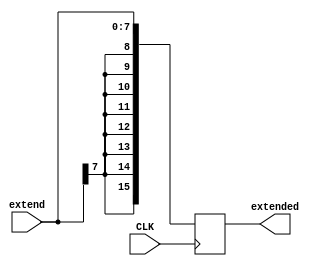
`timescale 1ns / 1ps
//////////////////////////////////////////////////////////////////////////////////
// Company: 
// Engineer: 
// 
// Design Name: 
// Module Name:    SignExtender 
// Project Name: 
// Target Devices: 
// Tool versions: 
// Description: 
//
// Dependencies: 
//
// Revision: 
// Revision 0.01 - File Created
// Additional Comments: 
//
//////////////////////////////////////////////////////////////////////////////////
module SignExtender( CLK, extend, extended );
input[7:0] extend;
input CLK;
output[15:0] extended;

reg[15:0] extended;
wire[7:0] extend;

always @(posedge CLK)
begin
    extended[7:0] = extend[7:0];
    extended[15:8] = {8{extend[7]}};
end
endmodule